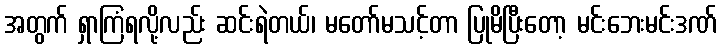
အတွက် ရှာကြံရလို့လည်း ဆင်းရဲတယ်၊ မတော်မသင့်တာ ပြုမိပြီးတော့ မင်းဘေးမင်းဒဏ်